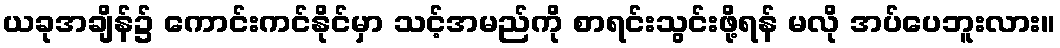
ယခုအချိန်၌ ကောင်းကင်နိုင်မှာ သင့်အမည်ကို စာရင်းသွင်းဖို့ရန် မလို အပ်ပေဘူးလား။